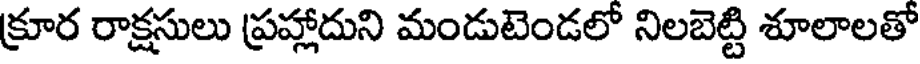
క్రూర రాక్షసులు ప్రహ్లాదుని మండుటెండలో నిలబెట్టి శూలాలతో